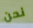
نحن